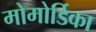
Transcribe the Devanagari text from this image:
मोमोर्डिका